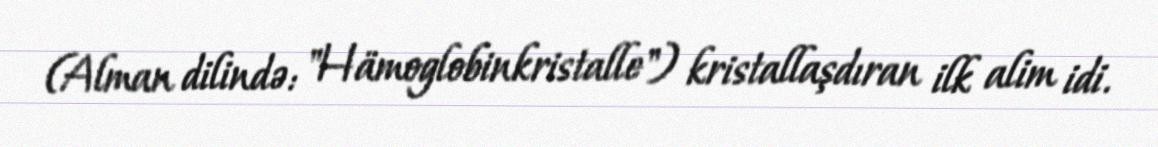
(Alman dilində: "Hämoglobinkristalle") kristallaşdıran ilk alim idi.